Indian journal of veterinary science and animal husbandry - Volumes 28-29, 1958-1959
Year: 1958
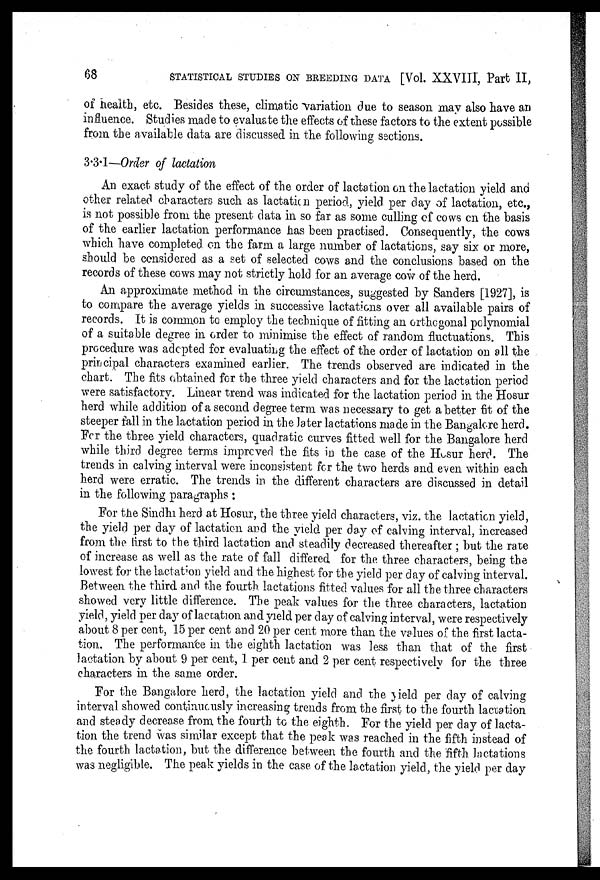
68
STATISTICAL STUDIES ON BREEDING DATA [Vol. XXVIII, Part II,
of health, etc. Besides these, climatic variation due to season may also have an
influence. Studies made to evaluate the effects of these factors to the extent possible
from the available data are discussed in the following sections.
3.3.1—Order of lactation
An exact study of the effect of the order of lactation on the lactation yield and
other related characters such as lactation period, yield per day of lactation, etc.,
is not possible from the present data in so far as some culling of cows on the basis
of the earlier lactation performance has been practised. Consequently, the cows
which have completed on the farm a large number of lactations, say six or more,
should be considered as a set of selected cows and the conclusions based on the
records of these cows may not strictly hold for an average cow of the herd.
An approximate method in the circumstances, suggested by Sanders [1927], is
to compare the average yields in successive lactations over all available pairs of
records. It is common to employ the technique of fitting an orthogonal polynomial
of a suitable degree in order to minimise the effect of random fluctuations. This
procedure was adopted for evaluating the effect of the order of lactation on all the
principal characters examined earlier. The trends observed are indicated in the
chart. The fits obtained for the three yield characters and for the lactation period
were satisfactory. Linear trend was indicated for the lactation period in the Hosur
herd while addition of a second degree term was necessary to get a better fit of the
steeper fall in the lactation period in the later lactations made in the Bangalore herd.
For the three yield characters, quadratic curves fitted well for the Bangalore herd
while third degree terms improved the fits in the case of the Hosur herd. The
trends in calving interval were inconsistent for the two herds and even within each
herd were erratic. The trends in the different characters are discussed in detail
in the following paragraphs :
For the Sindhi herd at Hosur, the three yield characters, viz. the lactation yield,
the yield per day of lactation and the yield per day of calving interval, increased
from the first to the third lactation and steadily decreased thereafter ; but the rate
of increase as well as the rate of fall differed for the three characters, being the
lowest for the lactation yield and the highest for the yield per day of calving interval.
Between the third and the fourth lactations fitted values for all the three characters
showed very little difference. The peak values for the three characters, lactation
yield, yield per day of lactation and yield per day of calving interval, were respectively
about 8 per cent, 15 per cent and 20 per cent more than the values of the first lacta-
tion. The performance in the eighth lactation was less than that of the first
lactation by about 9 per cent, 1 per cent and 2 per cent respectively for the three
characters in the same order.
For the Bangalore herd, the lactation yield and the yield per day of calving
interval showed continuously increasing trends from the first to the fourth lactation
and steady decrease from the fourth to the eighth. For the yield per day of lacta-
tion the trend was similar except that the peak was reached in the fifth instead of
the fourth lactation, but the difference between the fourth and the fifth lactations
was negligible. The peak yields in the case of the lactation yield, the yield per day